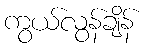
ကွယ်လွန်ချိန်